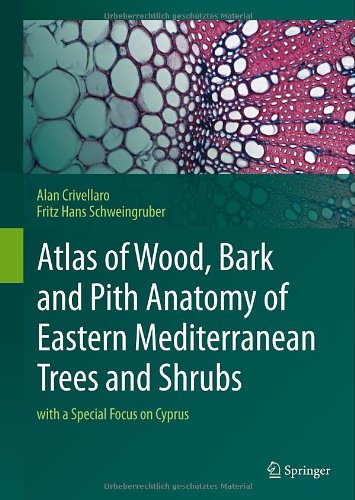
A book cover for Atlas of Wood, Bark and Pith Anatomy of Eastern Mediterranean Trees and Shrubs: with a Special Focus on Cyprus; Alan Crivellaro; Travel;